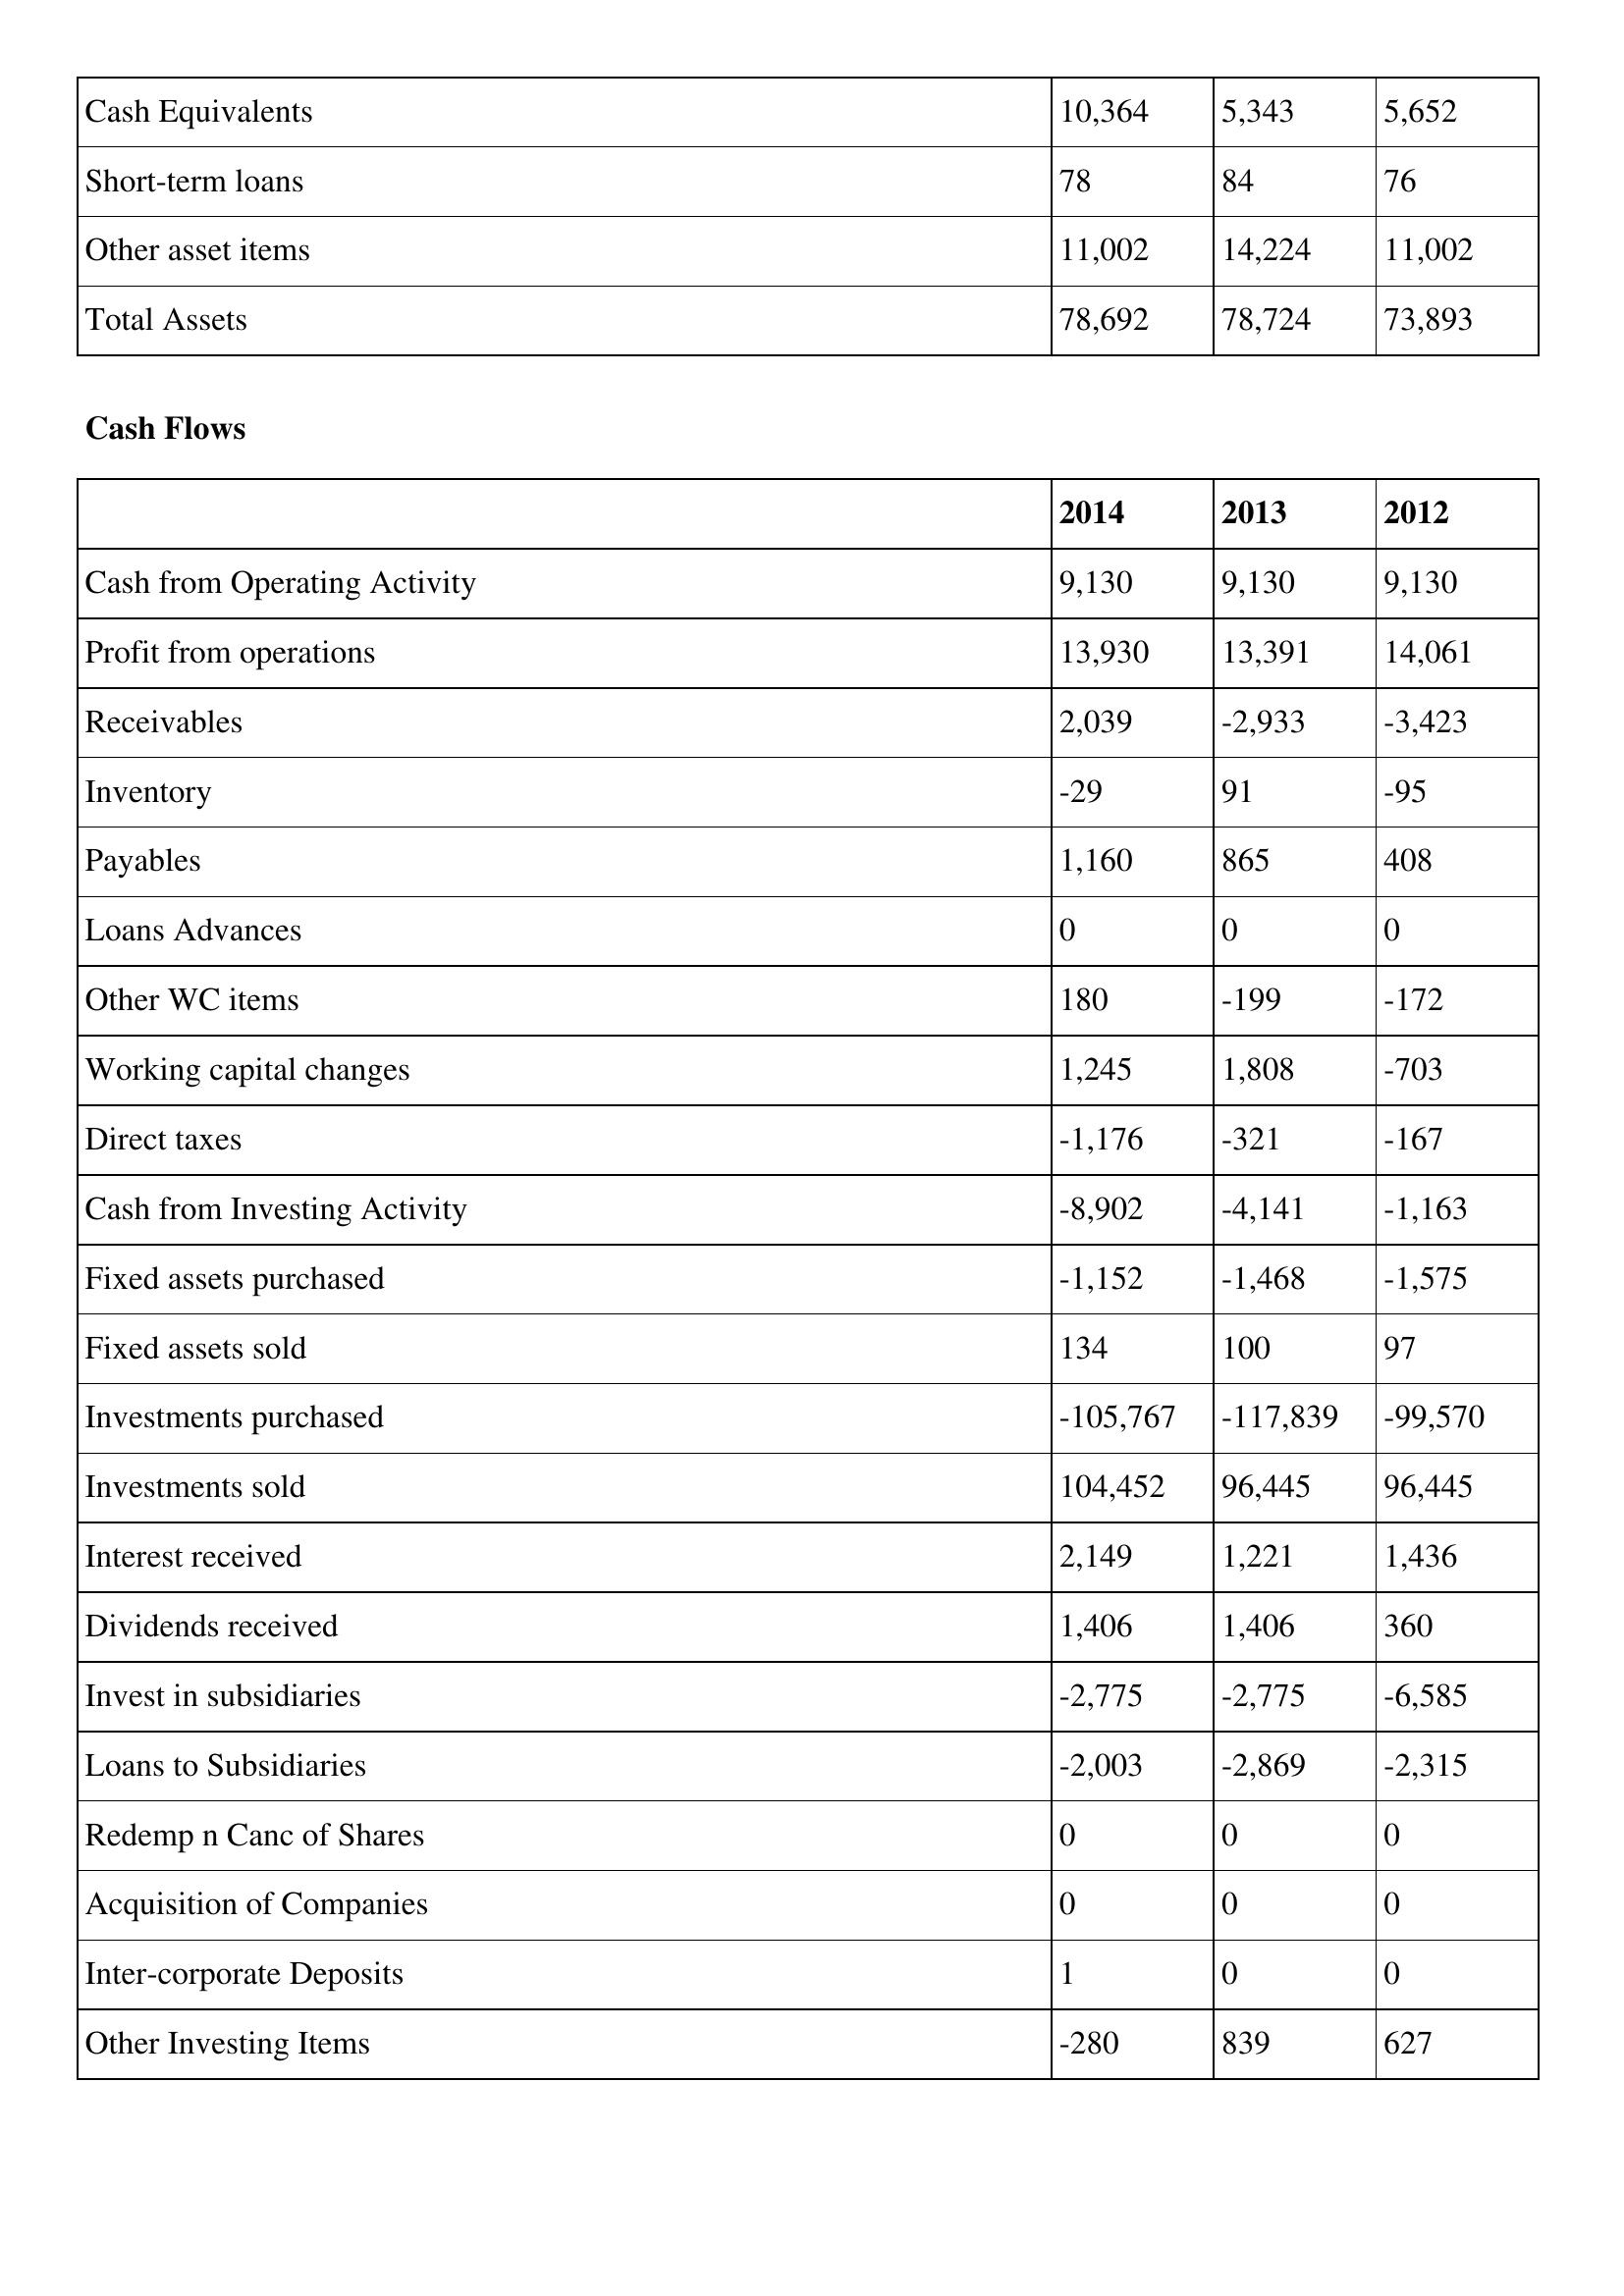
gt_parse: 2014: Balance Sheet: Cash Equivalents: 10,364
Short-term loans: 78
Other asset items: 11,002
Total Assets: 78,692
Cash Flows: Cash from Operating Activity: 9,130
Profit from operations: 13,930
Receivables: 2,039
Inventory: -29
Payables: 1,160
Loans Advances: 0
Other WC items: 180
Working capital changes: 1,245
Direct taxes: -1,176
Cash from Investing Activity: -8,902
Fixed assets purchased: -1,152
Fixed assets sold: 134
Investments purchased: -105,767
Investments sold: 104,452
Interest received: 2,149
Dividends received: 1,406
Invest in subsidiaries: -2,775
Loans to Subsidiaries: -2,003
Redemp n Canc of Shares: 0
Acquisition of Companies: 0
Inter-corporate Deposits: 1
Other Investing Items: -280
2013: Balance Sheet: Cash Equivalents: 5,343
Short-term loans: 84
Other asset items: 14,224
Total Assets: 78,724
Cash Flows: Cash from Operating Activity: 9,130
Profit from operations: 13,391
Receivables: -2,933
Inventory: 91
Payables: 865
Loans Advances: 0
Other WC items: -199
Working capital changes: 1,808
Direct taxes: -321
Cash from Investing Activity: -4,141
Fixed assets purchased: -1,468
Fixed assets sold: 100
Investments purchased: -117,839
Investments sold: 96,445
Interest received: 1,221
Dividends received: 1,406
Invest in subsidiaries: -2,775
Loans to Subsidiaries: -2,869
Redemp n Canc of Shares: 0
Acquisition of Companies: 0
Inter-corporate Deposits: 0
Other Investing Items: 839
2012: Balance Sheet: Cash Equivalents: 5,652
Short-term loans: 76
Other asset items: 11,002
Total Assets: 73,893
Cash Flows: Cash from Operating Activity: 9,130
Profit from operations: 14,061
Receivables: -3,423
Inventory: -95
Payables: 408
Loans Advances: 0
Other WC items: -172
Working capital changes: -703
Direct taxes: -167
Cash from Investing Activity: -1,163
Fixed assets purchased: -1,575
Fixed assets sold: 97
Investments purchased: -99,570
Investments sold: 96,445
Interest received: 1,436
Dividends received: 360
Invest in subsidiaries: -6,585
Loans to Subsidiaries: -2,315
Redemp n Canc of Shares: 0
Acquisition of Companies: 0
Inter-corporate Deposits: 0
Other Investing Items: 627